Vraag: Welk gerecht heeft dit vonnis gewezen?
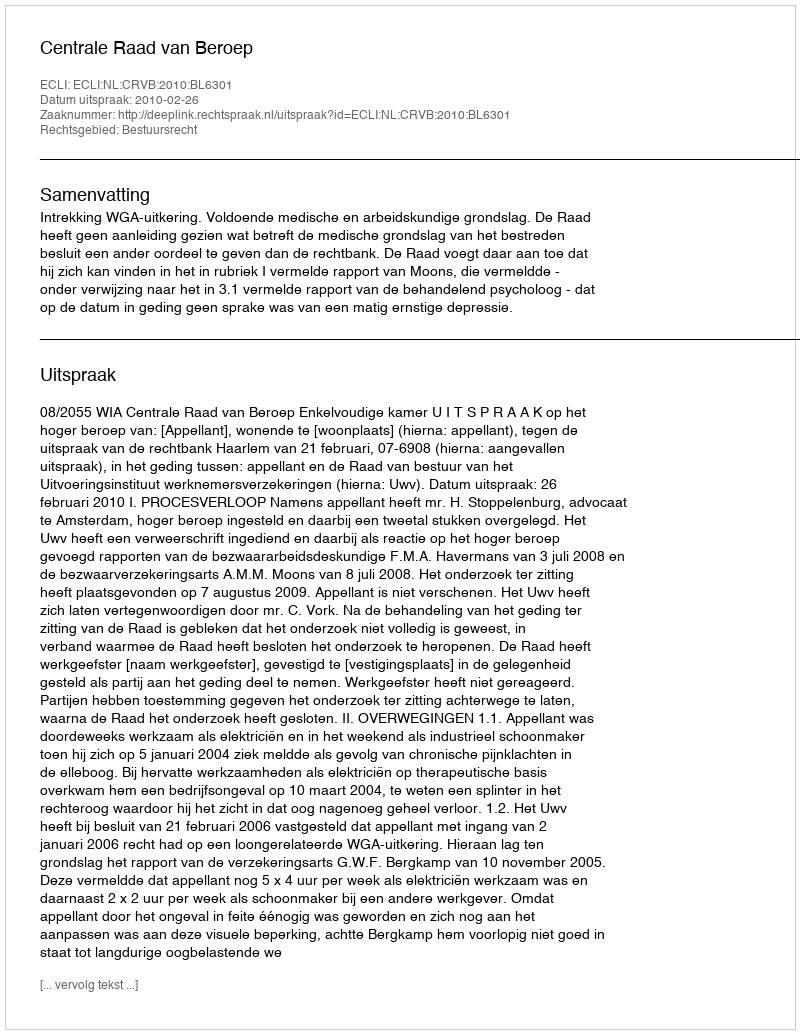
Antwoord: Centrale Raad van Beroep